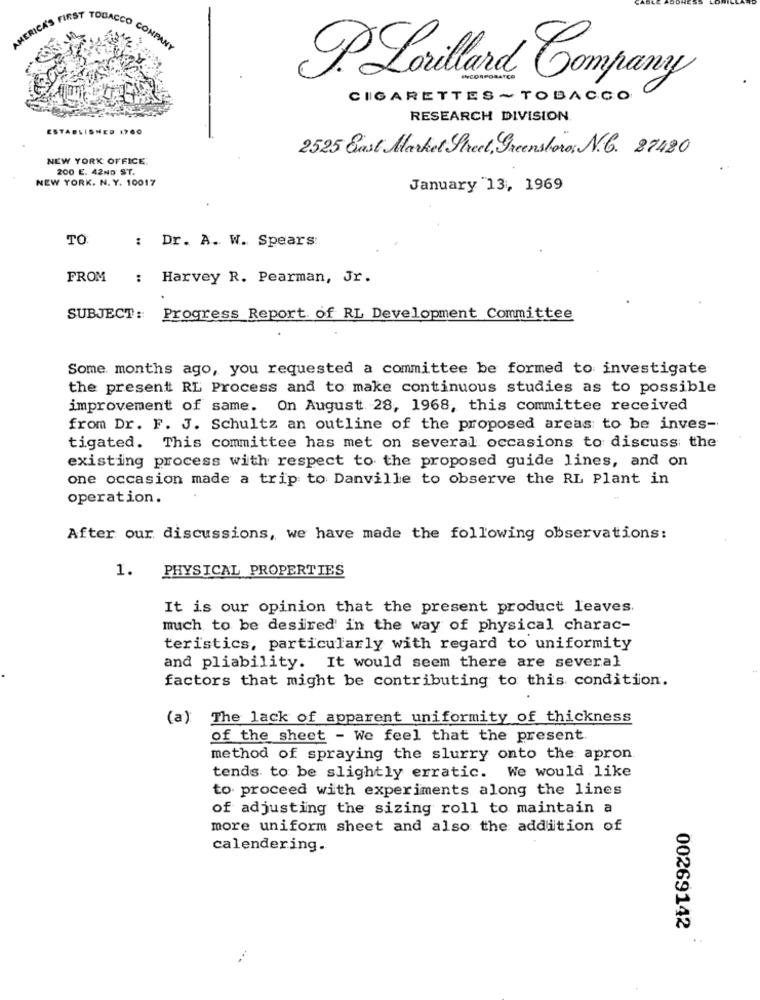
ICKS FIRST TOBACCO CONPAN
P. Lorillard Company
CIGARETTES ~ TOBACCO
RESEARCH DIVISION
ESTABLISHED 1760
2525 East Market Street, Greensboro, N.C. 27480
NEW YORK OFFICE
200 E. 42ND ST.
NEW YORK. N. Y. 10017
January "13, 1969
TO:
: Dr. A. W. Spears
FROM
:
Harvey R. Pearman, Jr.
SUBJECT ::
Progress Report of RL Development Committee
Some months ago, you requested a committee be formed to investigate
the present RL Process and to make continuous studies as to possible
improvement of same. On August 28, 1968, this committee received
from Dr. F. J. Schultz an outline of the proposed areas to be inves-
tigated. This committee has met on several occasions to discuss the
existing process with respect to the proposed guide lines, and on
one occasion made a trip to Danville to observe the RL Plant in
operation.
After our discussions, we have made the following observations:
1. PHYSICAL PROPERTIES
It is our opinion that the present product leaves.
much to be desired in the way of physical charac-
teristics, particularly with regard to uniformity
and pliability. It would seem there are several
factors that might be contributing to this condition.
(a) The lack of apparent uniformity of thickness
of the sheet - We feel that the present.
method of spraying the slurry onto the apron.
tends to be slightly erratic. We would like
to proceed with experiments along the lines
of adjusting the sizing roll to maintain a
more uniform sheet and also the addition of
calendering.
00269142